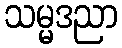
သမ္မဒညာ